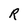
Character: R